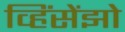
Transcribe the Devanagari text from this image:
व्हिंसेंझो